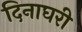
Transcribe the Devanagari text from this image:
दिनाघरी